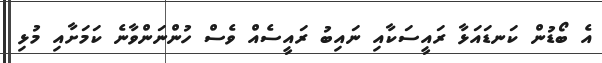
އެ ބޯޑުން ކަނޑައަޅާ ރައީސަކާއި ނައިބު ރައީސެއް ވެސް ހުންނަންވާނެ ކަމަށާއި މުޅި